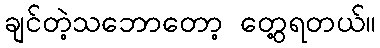
ချင်တဲ့သဘောတော့ တွေ့ရတယ်။